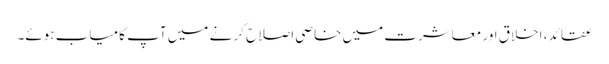
عقائد ، اخلاق اور معاشرت میں خاصی اصلاح کر نے میں آپ کامیاب ہوئے۔